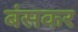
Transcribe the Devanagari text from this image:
बंसकर